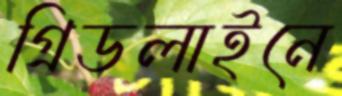
গ্রিডলাইনে